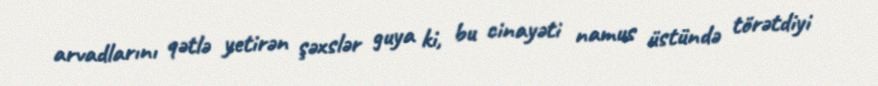
arvadlarını qətlə yetirən şəxslər guya ki, bu cinayəti namus üstündə törətdiyi